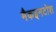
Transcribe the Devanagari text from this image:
मैकइनटोश